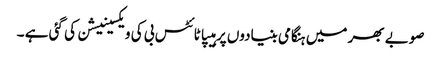
صوبے بھر میں ہنگامی بنیادوں پر ہیپاٹائٹس بی کی ویکسینیشن کی گئی ہے ۔